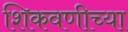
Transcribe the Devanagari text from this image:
शिकवणीच्या